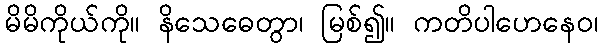
မိမိကိုယ်ကို။ နိသေဓေတွာ၊ မြစ်၍။ ကတိပါဟေနေဝ၊